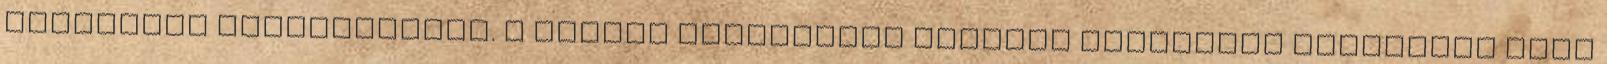
bevonatok gondoskodnak. A Nissan barcelonai bázisán tervezett terepjáró négy